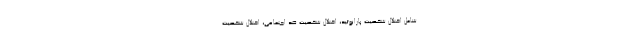
شامل اختلال شخصیت پارانوئید، اختلال شخصیت ضد اجتماعی، اختلال شخصیت